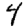
Digit: 4